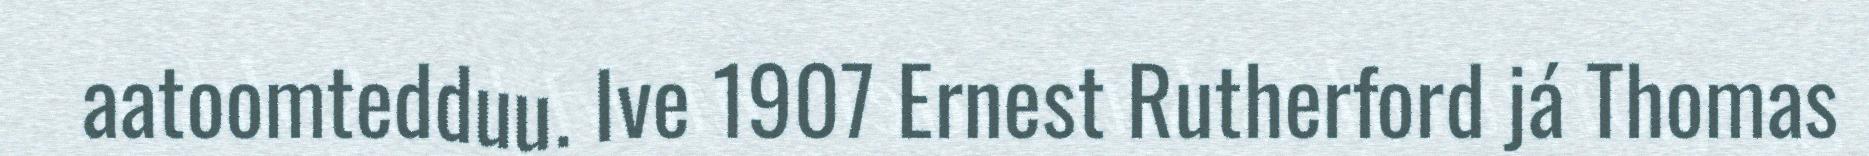
aatoomtedduu. Ive 1907 Ernest Rutherford já Thomas